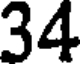
34